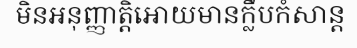
មិនអនុញ្ញាត្តិអោយមានក្លឹបកំសាន្ត